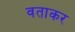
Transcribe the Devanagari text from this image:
वताकर